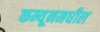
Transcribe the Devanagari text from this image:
कम्यूनमधील